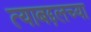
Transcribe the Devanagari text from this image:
त्याबद्दलच्या